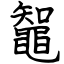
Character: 鼅